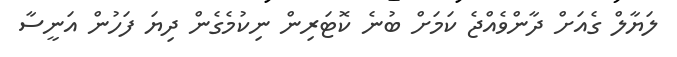
ލަޔާލް ގެއަށް ދާންވެއްޖެ ކަމަށް ބުނެ ކޮޓަރިން ނިކުމެގެން ދިޔަ ފަހުން އަނީސާ